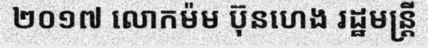
២០១៧ លោកម៉ម ប៊ុនហេង រដ្ឋមន្ត្រី